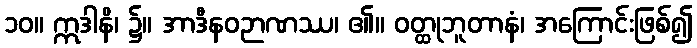
၁၀။ ဣဒါနိ၊ ၌။ အာဒီနဝဉာဏဿ၊ ၏။ ဝတ္ထုဘူတာနံ၊ အကြောင်းဖြစ်၍